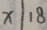
x \vert 1 8